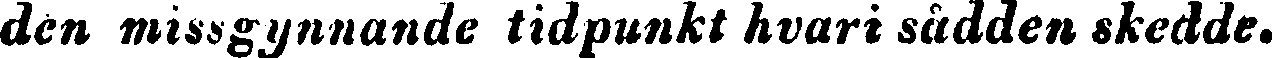
den missgynnande tidpunkt hvari sådden skedde.